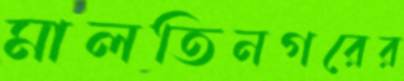
মালতিনগরের